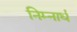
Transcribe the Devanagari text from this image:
निम्नार्ध